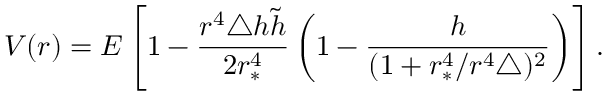
V ( r ) = E \left[ 1 - \frac { r ^ { 4 } \triangle h \tilde { h } } { 2 r _ { * } ^ { 4 } } \left( 1 - \frac { h } { ( 1 + r _ { * } ^ { 4 } / r ^ { 4 } \triangle ) ^ { 2 } } \right) \right] .